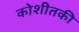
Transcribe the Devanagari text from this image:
कोशीतकी